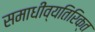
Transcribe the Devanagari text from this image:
समाधीव्यतिरिक्त